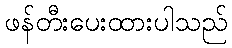
ဖန်တီးပေးထားပါသည်